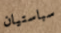
سباستيان